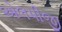
એલપીજી